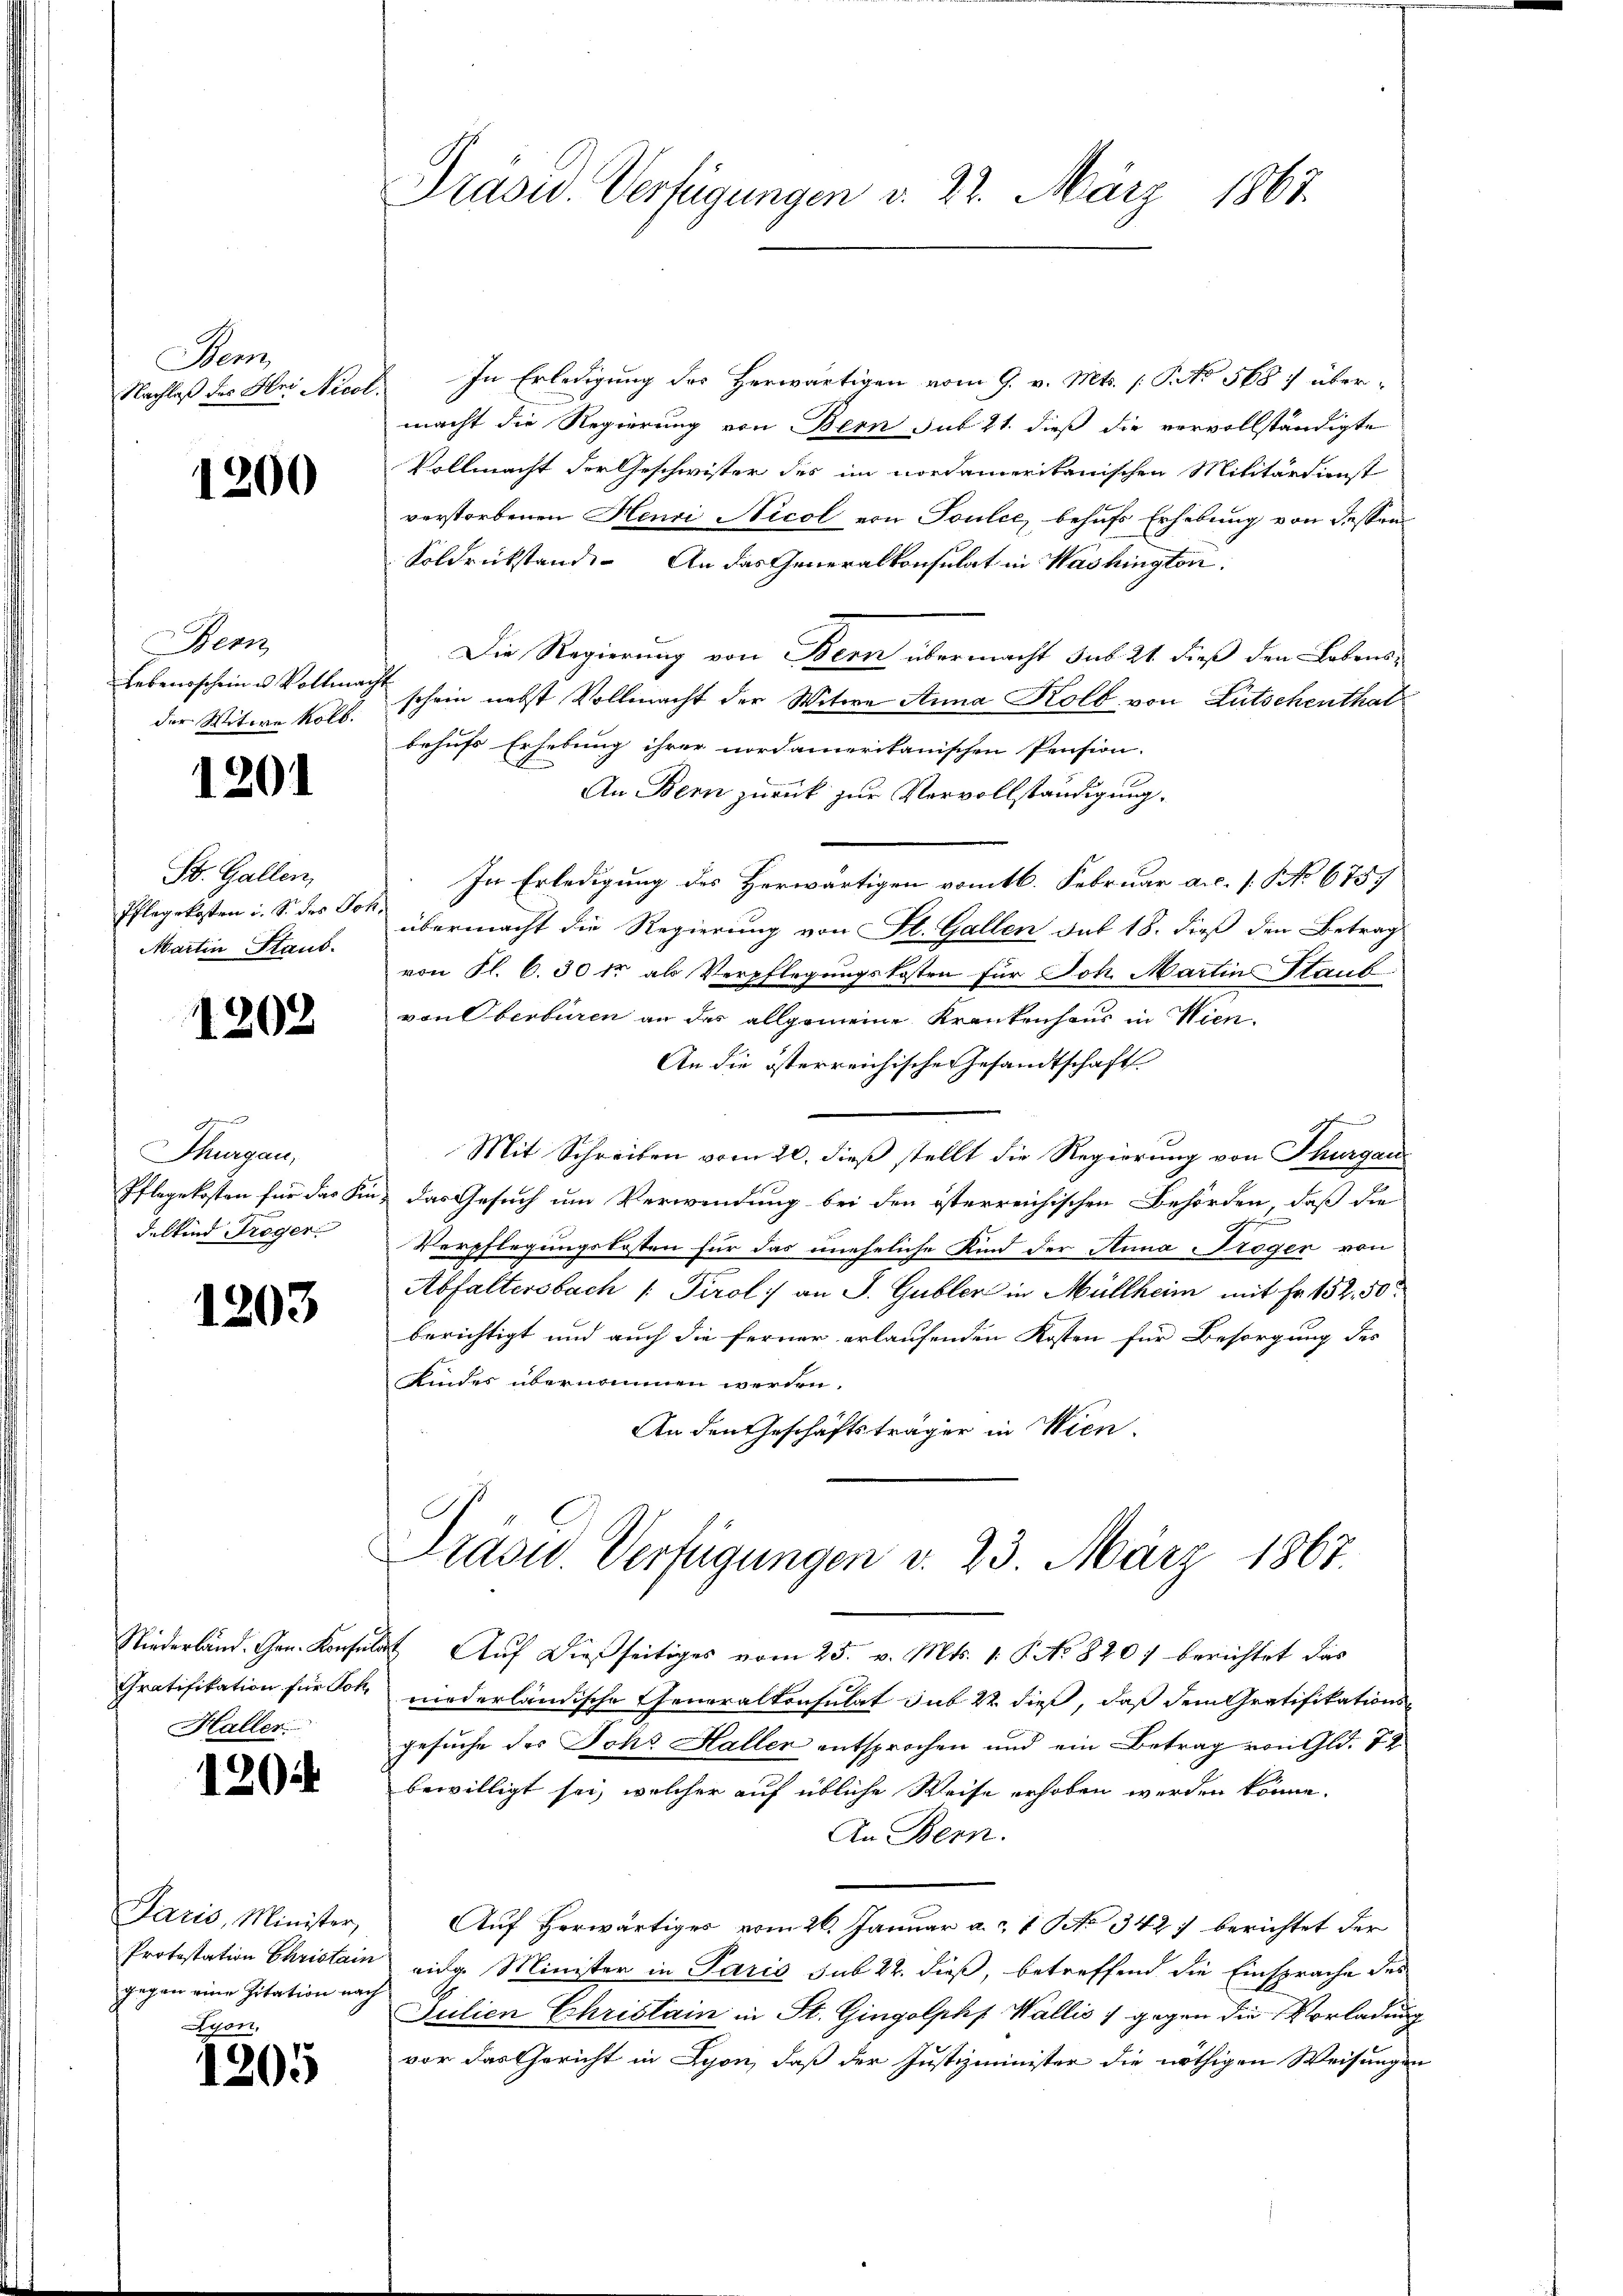
Bean
Nachlaß des Hei Nicor

1200

Bern
Lebensschein u. Vollman
der Witwe Kolb.

1201

St. Gallen,
Pflegekosten i. S. des Jo
Martin Staub.

1202

A
Thurgau,
Pflegekosten für das Ki
delkind Troger

1203

Haller

1204

Paris, Minister,
Protestation Christain
gegen eine Zitation nach
yon,

1205

Prasis. Verfügungen d. 22. März 1867.

In Erledigung des Herwärtigen vom 9. v. Mts. [No 568 7 überch
macht die Regierung von Bern sub 21. dieß die vervollständigte
Vollmacht der Geschwister des im nordamerikanischen Militärdienst
verstorbenen Henri Nicol von Soulce, behufs Erhebung von dessen
Soldrückstand. An das Generalkonsulat in Washington
Die Regierung von Bern übermacht sub 21 dieß den Lebensc
schein nebst Vollmacht der Witwe Anna Kolb von Lütschenthal
behufs Erhebung ihrer nordamerikanischen Pension.
An Bern zurück zur Vervollständigung.
In Erledigung des Herwärtigen vom 16. Februar a.c. s. No 6757
übermacht die Regierung von St. Gallen sub 18. dieß den Betrags
von Fl. 6. 30 kr als Verpflegungskosten für Joh. Martin Staub
von Oberburen an des allgemeine Krankenhaus in Wien.
An die österreichische Gesandtschaft
Mit Schreiben vom 20. dieß stellt die Regierung von Thurgau
ud das Gesuch um Verwendung bei den österreichischen Behörden, daß die
Verpflegungskosten für das uneheliche Kind der Anna Tröger von
Abfaltersbach / Tirol an J. Gubler in Müllheim mit Fr. 152. 50
berichtigt und auch die ferner erlaufenden Kosten für Besorgung des
Kindes übernommen werden.
An den Geschäftsträger in Wien.

Präsid. Verfügungen d. 23. März 1867.

Niederländ. Gen. Konsulat Auf dießseitiges vom 25. v. Mts. 1. P. No 820) berichtet das
Gratifikation für Joh. niederländische Generalkonsulat sub 22. dieß, daß dem Gratifikations-
gesuche des Ichs Haller entsprochen und ein Betrag von Gld. 72
bewilligt sei, welcher auf übliche Weise erhoben werden könne.
An Bern.
Auf Herwärtiges vom 26. Januar a. 1 No 342) berichtet der
vidg. Minister in Paris sub 22. dieß, betreffend die Einsprache des
Julien Christain in St. Gingolphf Wallis) gegen die Vorladung
vor das Gericht in Lyon, daß der Justizminister die nöthigen Weisungen